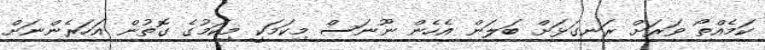
ކަމެއްތޯ ވަރަށް ރަނގަޅަށް ބަލަން އެހެން ނޫނަސް މިކަމަކީ މިކަމުގެ ގޮތުން އަހަރެންނަށް